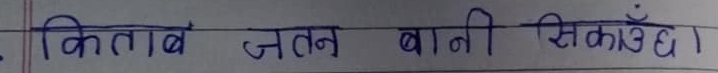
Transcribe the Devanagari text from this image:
किताबे जतन बानी सिकाउँछ।